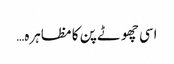
اسی چھوٹے پن کا مظاہرہ…